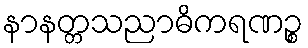
နာနတ္တသညာဓိကရဏဉ္စ